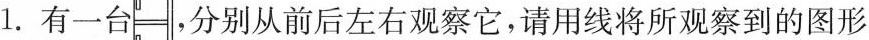
1.有一台 ，分别从前后左右观察它，请用线将所观察到的图形